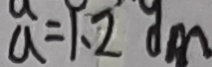
a = 1 . 2 d m